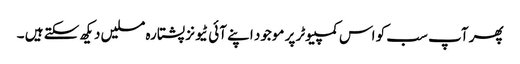
پھر آپ سب کو اس کمپیوٹر پر موجود اپنے آئی ٹیونز پشتارہ مسلیں دیکھ سکتے ہیں ۔